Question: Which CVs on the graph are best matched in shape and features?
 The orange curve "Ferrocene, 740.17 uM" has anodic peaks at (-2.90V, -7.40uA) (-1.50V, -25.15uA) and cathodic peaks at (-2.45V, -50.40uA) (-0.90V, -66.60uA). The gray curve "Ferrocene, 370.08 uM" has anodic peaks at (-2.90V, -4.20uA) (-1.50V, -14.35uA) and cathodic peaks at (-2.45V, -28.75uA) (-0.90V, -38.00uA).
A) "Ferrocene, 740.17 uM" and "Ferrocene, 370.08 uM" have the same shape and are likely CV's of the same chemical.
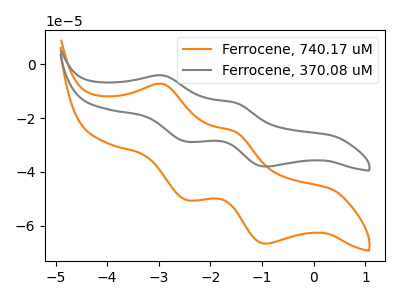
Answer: <think>All the peaks in "Ferrocene, 740.17 uM" have a peak in "Ferrocene, 370.08 uM" at the same potential.
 </think>
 <answer>A) "Ferrocene, 740.17 uM" and "Ferrocene, 370.08 uM" have the same shape and are likely CV's of the same chemical.</answer>
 <eval>A</eval>